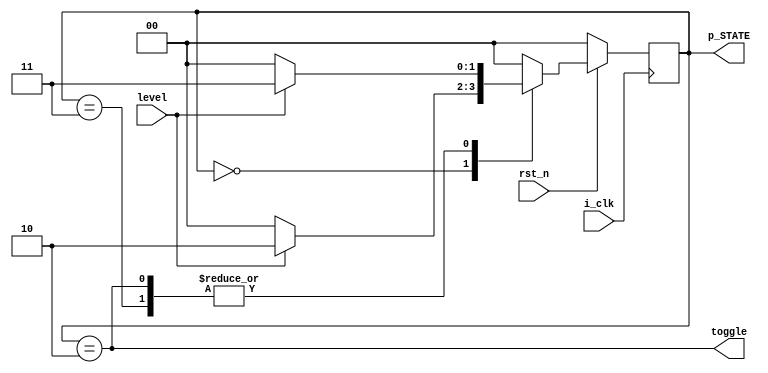
module edge_detect1
#( parameter WIDTH = 2 , 
   parameter [WIDTH-1:0] 
	ZERO = 2'b00 ,
	ONE = 2'b11 ,
	EDGE = 2'b10  	                         
)
 (
i_clk , 
rst_n , 
toggle , 
level , 
p_STATE );

input i_clk ;
input rst_n ;
input level ;
output toggle ;
/////states //////
output reg [WIDTH-1:0] p_STATE ;
reg [WIDTH-1:0] nEXT_STATE ;


///////data register /////

always @ (negedge i_clk )
  begin
    if (~rst_n)
	   begin
		  p_STATE <= ZERO ;
		   end
			else
			  begin
			p_STATE <= nEXT_STATE ;
	            end
			 end		
			 
	/////next_state block ****///


always @ (p_STATE or level)
  begin
  nEXT_STATE = p_STATE ;
   case (p_STATE )
 ZERO: begin
           if (level)
			    nEXT_STATE = EDGE ;
				  else
				    nEXT_STATE = ZERO ;
					 end
EDGE :  begin
          if (level)
           nEXT_STATE = ONE ;
	          else
	        nEXT_STATE = ZERO ;
	         end
ONE :   begin
           if (level )
	          nEXT_STATE = ONE ;
	         else
                 nEXT_STATE = ZERO ;
			     end
		 
default :   nEXT_STATE = ZERO ;
      endcase
       end	
		 
		 
		 
/////*************output block ( registered block of output) *******//

assign toggle = (p_STATE== EDGE) ;
endmodule
/*always @ (posedge i_clk )
  begin
   if (~rst_n)
	  toggle = 0 ;
       else
         toggle = 0;
          case (p_STATE )
	    ZERO , ONE : ;            ///default output = 1'b0 //////
       EDGE : toggle = 1'b1 ;  
	     default : toggle = 1'b0 ;	 ///output is one ////
		   endcase
			
end
  endmodule 	*/